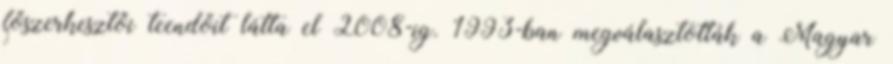
főszerkesztői teendőit látta el 2008-ig. 1993-ban megválasztották a Magyar